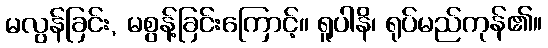
မလွန်ခြင်း, မစွန့်ခြင်းကြောင့်။ ရူပါနိ၊ ရုပ်မည်ကုန်၏။